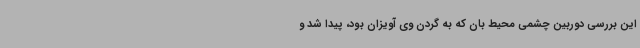
این بررسی دوربین چشمی محیط بان که به گردن وی آویزان بود، پیدا شد و